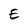
Character: E